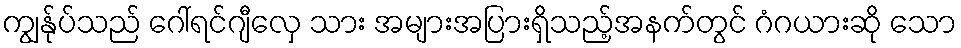
ကျွန်ုပ်သည် ဂေါ်ရင်ဂျီလှေ သား အများအပြားရှိသည့်အနက်တွင် ဂံဂယားဆို သော